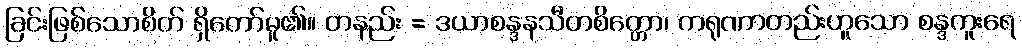
ခြင်းဖြစ်သောစိတ် ရှိတော်မူ၏။ တနည်း = ဒယာစန္ဒနသီတစိတ္တော၊ ကရုဏာတည်းဟူသော စန္ဒကူးရေ